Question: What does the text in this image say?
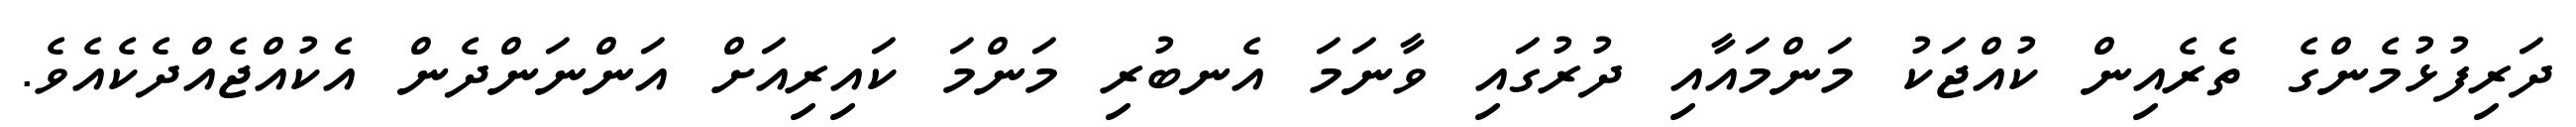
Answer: ދަރިފުޅުމެންގެ ތެރެއިން ކުއްޖަކު މަންމައާއި ދުރުގައި ވާނަމަ އެނބުރި މަންމަ ކައިރިއަށް އަންނަންދެން އެކުއްޖެއްދެކެއެވެ.